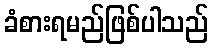
ခံစားရမည်ဖြစ်ပါသည်